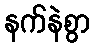
နက်နဲစွာ